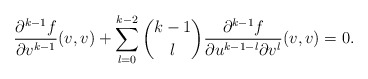
\begin{align*} \frac{\partial^{k-1}f}{\partial v^{k-1}}(v,v)+\sum_{l=0}^{k-2}\binom{k-1}{l}\frac{\partial^{k-1}f}{\partial u^{k-1-l}\partial v^l}(v,v)=0.\end{align*}